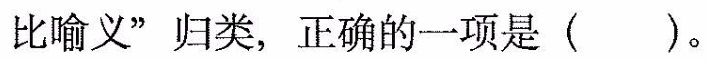
比喻义”归类，正确的一项是（）。